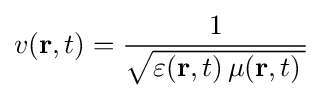
v({\mathbf {r} },t)={\frac {1}{\sqrt {\varepsilon ({\mathbf {r} },t)\,\mu ({\mathbf {r} },t)\,}}}